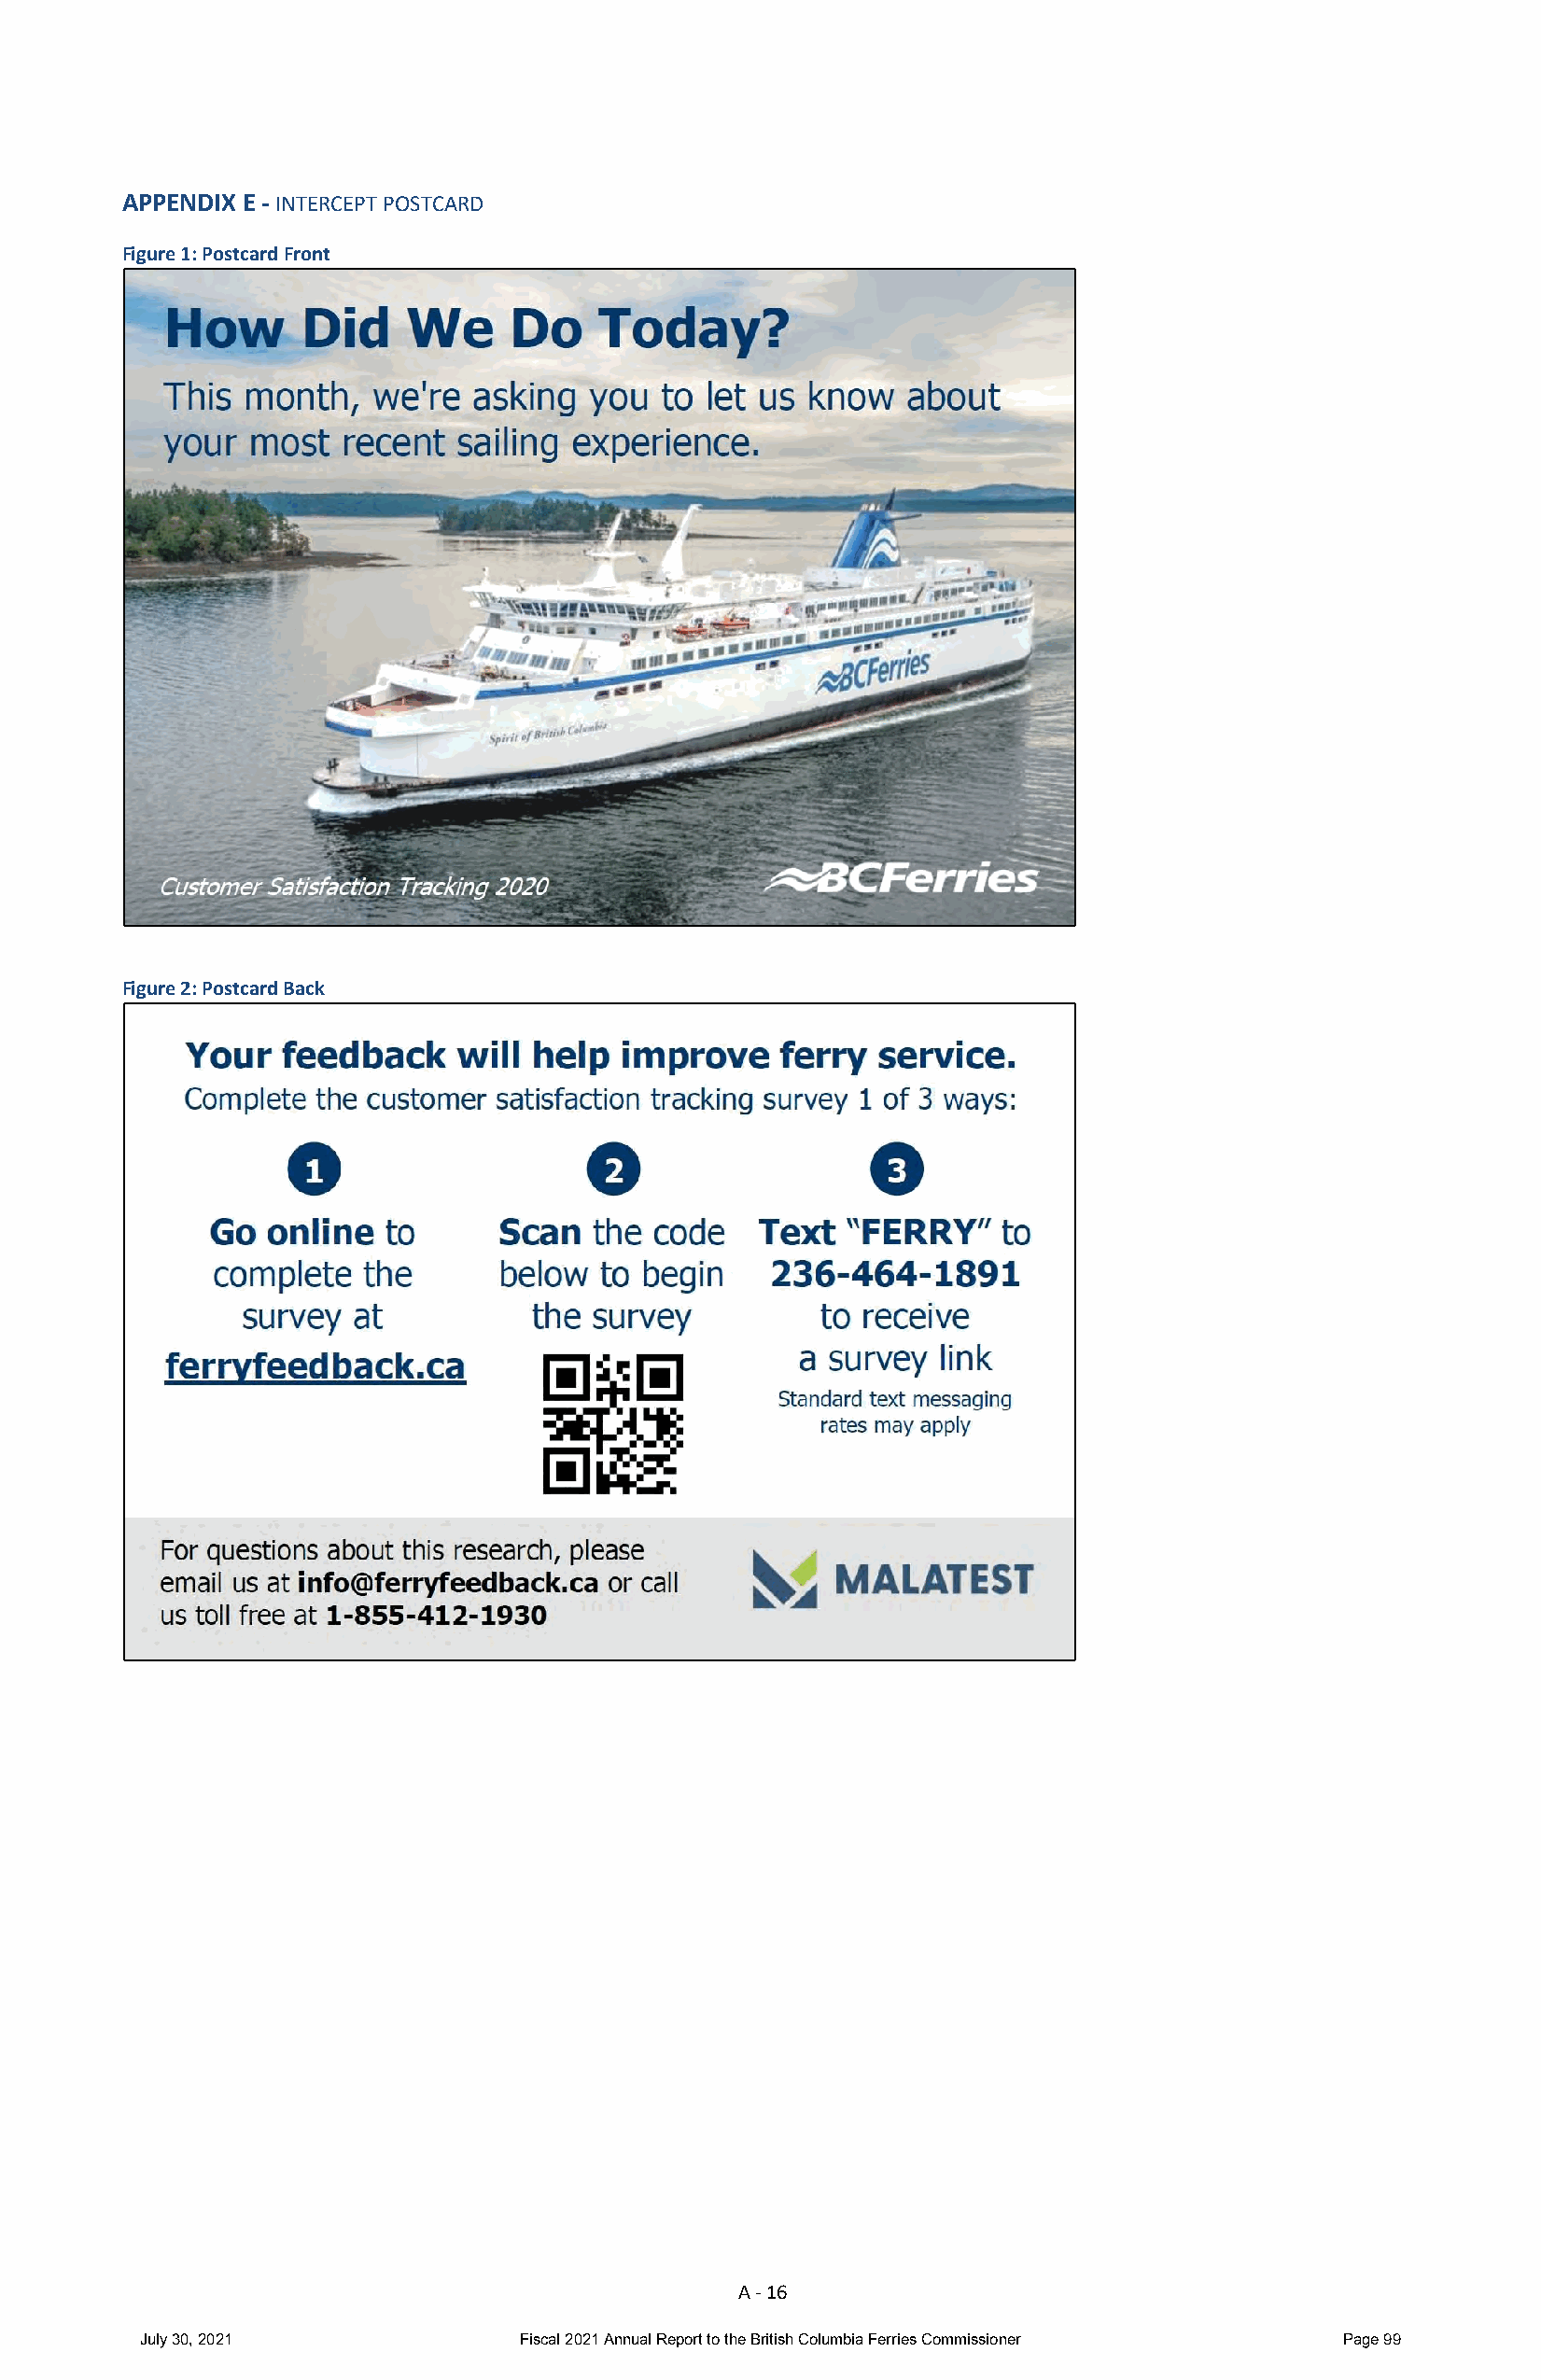
APPENDIX E - INTERCEPT POSTCARD
 Figure 1: Postcard Front
 Figure 2: Postcard Back
 A - 16
 July 30, 2021              Fiscal 2021 Annual Report to the British Columbia Ferries Commissioner Page 99